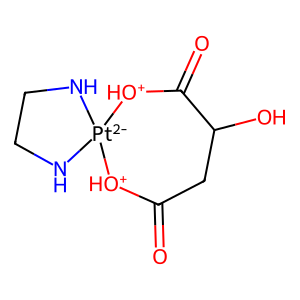
SMILES: O=C1CC(O)C(=O)[OH+][Pt-2]2(NCCN2)[OH+]1
Inhibits HIV replication: No